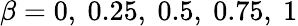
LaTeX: \beta=0,~0.25,~0.5,~0.75,~1